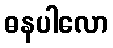
ဓနပါလော